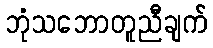
ဘုံသဘောတူညီချက်